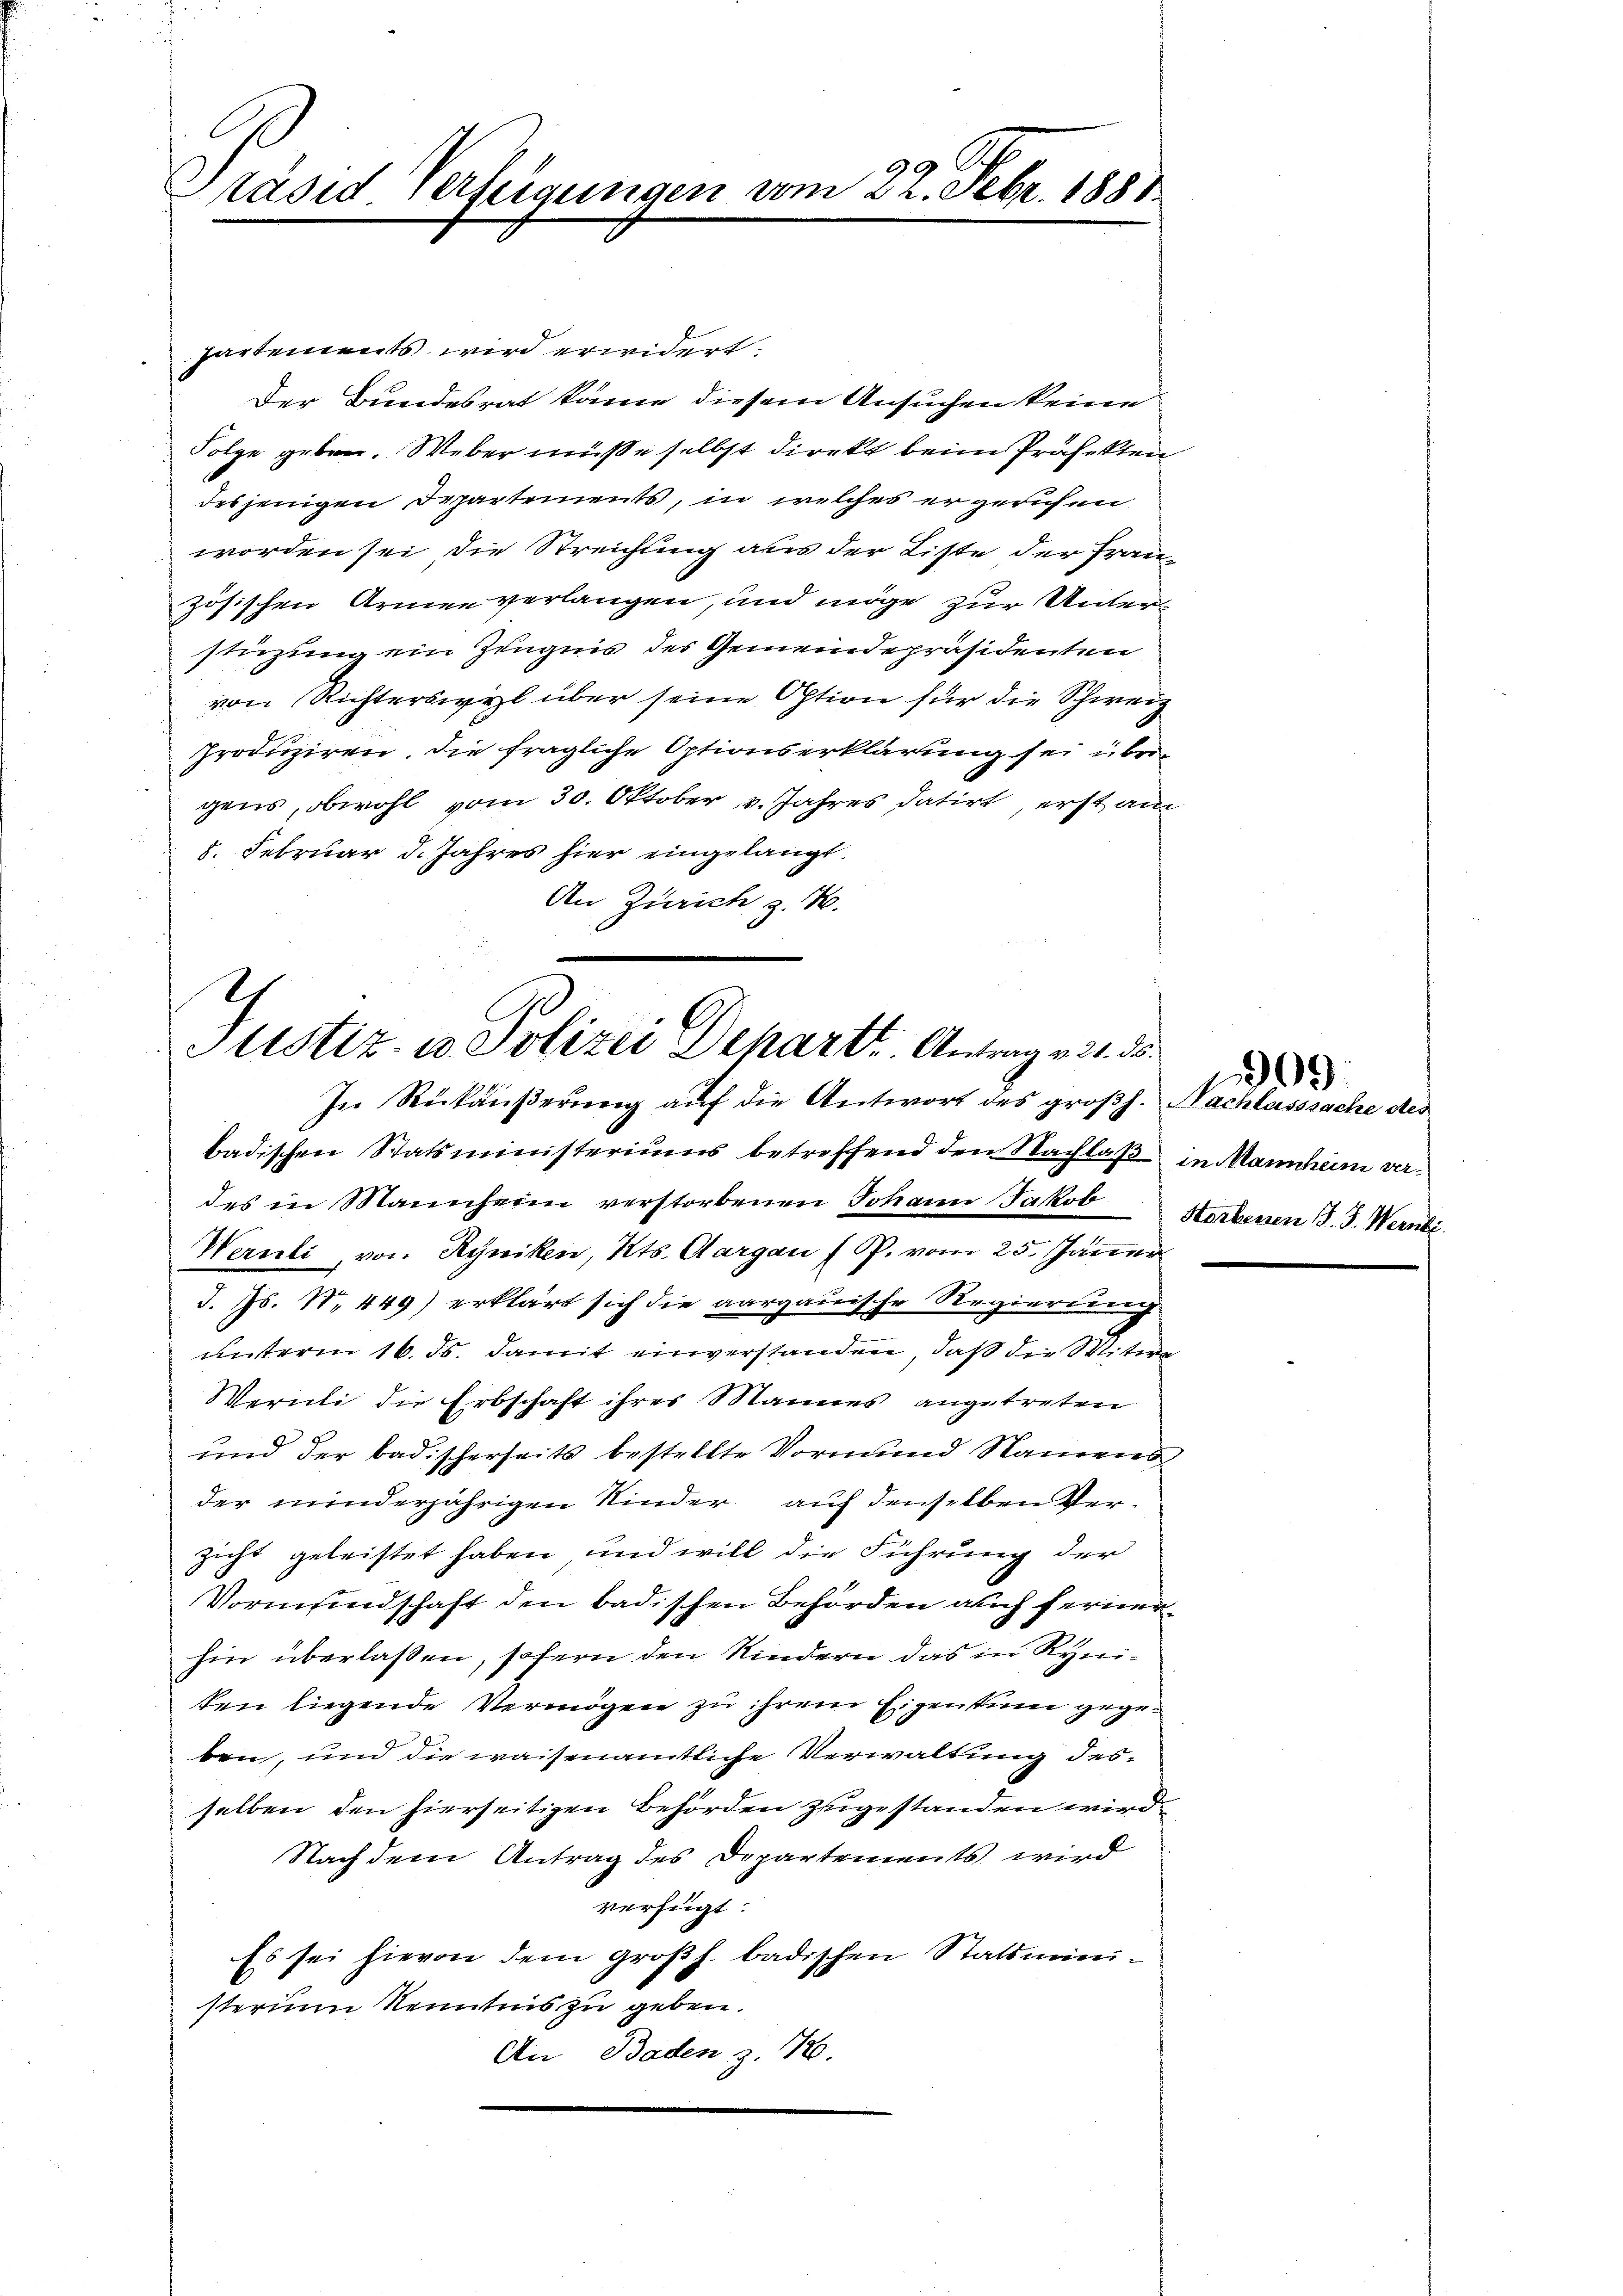
Präsiderfeigungen

vom 22. Febr. 1881.

partements wird erwidert:
Der Bundesrat käme diesem Ansuchen keine
Folge geben. Weber müsse selbst direkt beim Präfekten
desjenigen Departements, in welches ergerichen
worden sei, die Streichung aus der Liste der Französischen Armen verlangen, und möge zur Unterstüzung ein Zeugnis des Gemeindepräsidenten
von Richterswyl über seine Option für die Schweiz
produziren, die fragliche Optionserklärung sei übrigens, obwohl vom 30. Oktober v. Jahres datirt, erst am
8. Februar d. Jahres hier eingelangt.
An Zürich z. B.

h
Justiz- u. Polizei Depart. Antrag v. 21. 35.
In Rückäußerung auf die Antwort des großh. Nachlasssache des

badischen Statsministeriums betreffend den Nachlaß in Mannheim verdes in Mannheim verstorbenen Johann Jakob Sterbenen J. J. Wernli
Wernli, von Ryniken, Kts. Aargau (P. vom 25. Jänner
d. Js. N. 449) erklärt sich die aargauische Regierung
unterm 16. ds. damit einverstanden, daß die Witwe¬
Wernli die Erbschaft ihres Mannes angetreten
und der badischerseits bestellte Vormund Namens
der minderjährigen Kinder auf denselben Verzicht geleistet haben, und will die Führung der
Vormundschaft den badischen Behörden auch ferner
hin überlaßen, sofern den Kindern das in Ryniten liegende Vermögen zu ihrem Eigentum gegen
ben, und die waisenamtliche Verwaltung desselben den hierseitigen Behörden zugestanden wird.
Nach dem Antrag des Departements wird
verfügt:
Es sei hievon dem großh. badischen Statsministerium Kenntnis zu geben.
An Baden z. 78.

909.